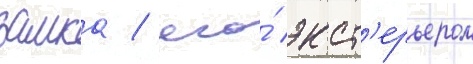
замка / его́ экст'ерьером